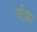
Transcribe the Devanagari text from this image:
स्ंज्ञा